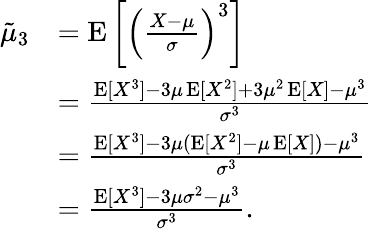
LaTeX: {\begin{array}{rl}{{\tilde{\mu}}_{3}}&{=\operatorname{E}\left[\left({\frac{X-\mu}{\sigma}}\right)^{3}\right]}\\ &{={\frac{\operatorname{E}[X^{3}]-3\mu\operatorname{E}[X^{2}]+3\mu^{2}\operatorname{E}[X]-\mu^{3}}{\sigma^{3}}}}\\ &{={\frac{\operatorname{E}[X^{3}]-3\mu(\operatorname{E}[X^{2}]-\mu\operatorname{E}[X])-\mu^{3}}{\sigma^{3}}}}\\ &{={\frac{\operatorname{E}[X^{3}]-3\mu\sigma^{2}-\mu^{3}}{\sigma^{3}}}.}\end{array}}